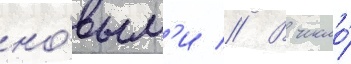
но́вым'и // В число́